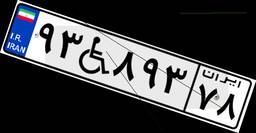
۹۳W۸۹۳۷۸